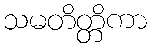
သမတိတ္တိကာ